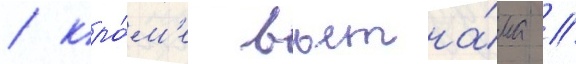
/ кро́м'е вьетна́ма /